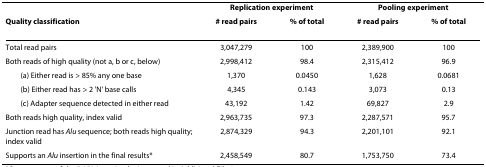
<table><thead><tr><td></td><td colspan="2"><b>Replication experiment</b></td><td colspan="2"><b>Pooling experiment</b></td></tr><tr><td><b>Quality classification</b></td><td><b># read pairs</b></td><td><b>% of total</b></td><td><b># read pairs</b></td><td><b>% of total</b></td></tr></thead><tbody><tr><td>Total read pairs</td><td>3,047,279</td><td>100</td><td>2,389,900</td><td>100</td></tr><tr><td>Both reads of high quality (not a, b or c, below)</td><td>2,998,412</td><td>98.4</td><td>2,315,412</td><td>96.9</td></tr><tr><td> (a) Either read is &gt; 85% any one base</td><td>1,370</td><td>0.0450</td><td>1,628</td><td>0.0681</td></tr><tr><td> (b) Either read has &gt; 2 &#x27;N&#x27; base calls</td><td>4,345</td><td>0.143</td><td>3,073</td><td>0.13</td></tr><tr><td> (c) Adapter sequence detected in either read</td><td>43,192</td><td>1.42</td><td>69,827</td><td>2.9</td></tr><tr><td>Both reads high quality, index valid</td><td>2,963,735</td><td>97.3</td><td>2,287,571</td><td>95.7</td></tr><tr><td>Junction read has <i>Alu </i>sequence; both reads high quality; index valid</td><td>2,874,329</td><td>94.3</td><td>2,201,101</td><td>92.1</td></tr><tr><td>Supports an <i>Alu </i>insertion in the final results*</td><td>2,458,549</td><td>80.7</td><td>1,753,750</td><td>73.4</td></tr></tbody></table>